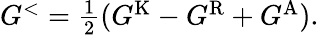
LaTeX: \begin{array}{r}{G^{<}=\frac{1}{2}(G^{\textrm{K}}-G^{\textrm{R}}+G^{\textrm{A}}).}\end{array}